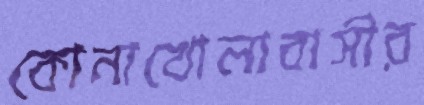
কোনাখোলাবাসীর